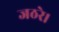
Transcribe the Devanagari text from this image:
जठरे।